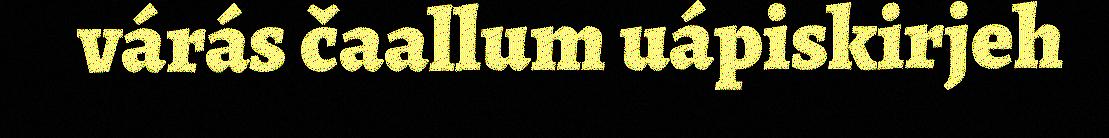
várás čaallum uápiskirjeh